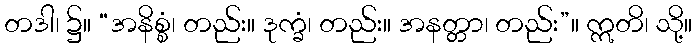
တဒါ၊ ၌။ “အနိစ္စံ၊ တည်း။ ဒုက္ခံ၊ တည်း။ အနတ္တာ၊ တည်း”။ ဣတိ၊ သို့။